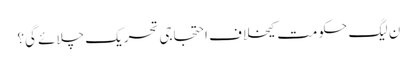
ن لیگ حکومت کیخلاف احتجاجی تحریک چلائے گی؟